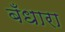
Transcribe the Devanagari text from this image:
बँधारा